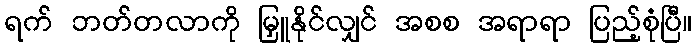
ရက် ဘတ်တလာကို မြှူနိုင်လျှင် အစစ အရာရာ ပြည့်စုံပြီ။